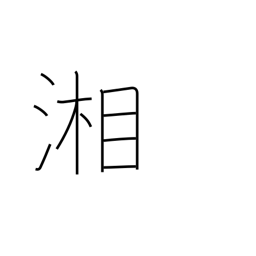
Meaning: the Sagami river